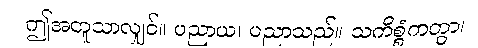
ဤအတူသာလျှင်။ ပညာယ၊ ပညာသည်။ သကိစ္စံကတွာ၊